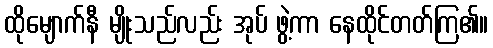
ထိုမျောက်နီ မျိုးသည်လည်း အုပ် ဖွဲ့ကာ နေထိုင်တတ်ကြ၏။